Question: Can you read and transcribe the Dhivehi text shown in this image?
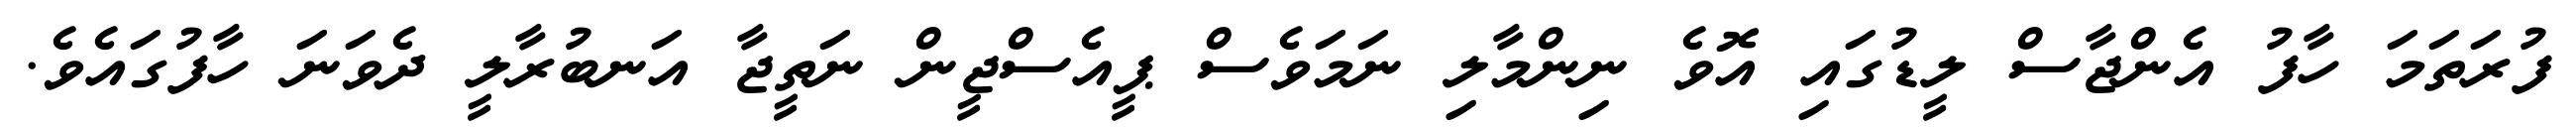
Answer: ފުރަތަމަ ހާފު އެންޖާސް ލީޑުގައި އޮވެ ނިންމާލި ނަމަވެސް ޕީއެސްޖީން ނަތީޖާ އަނބުރާލީ ދެވަނަ ހާފުގައެވެ.